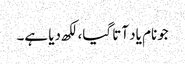
جونام یاد آتا گیا، لکھ دیا ہے۔